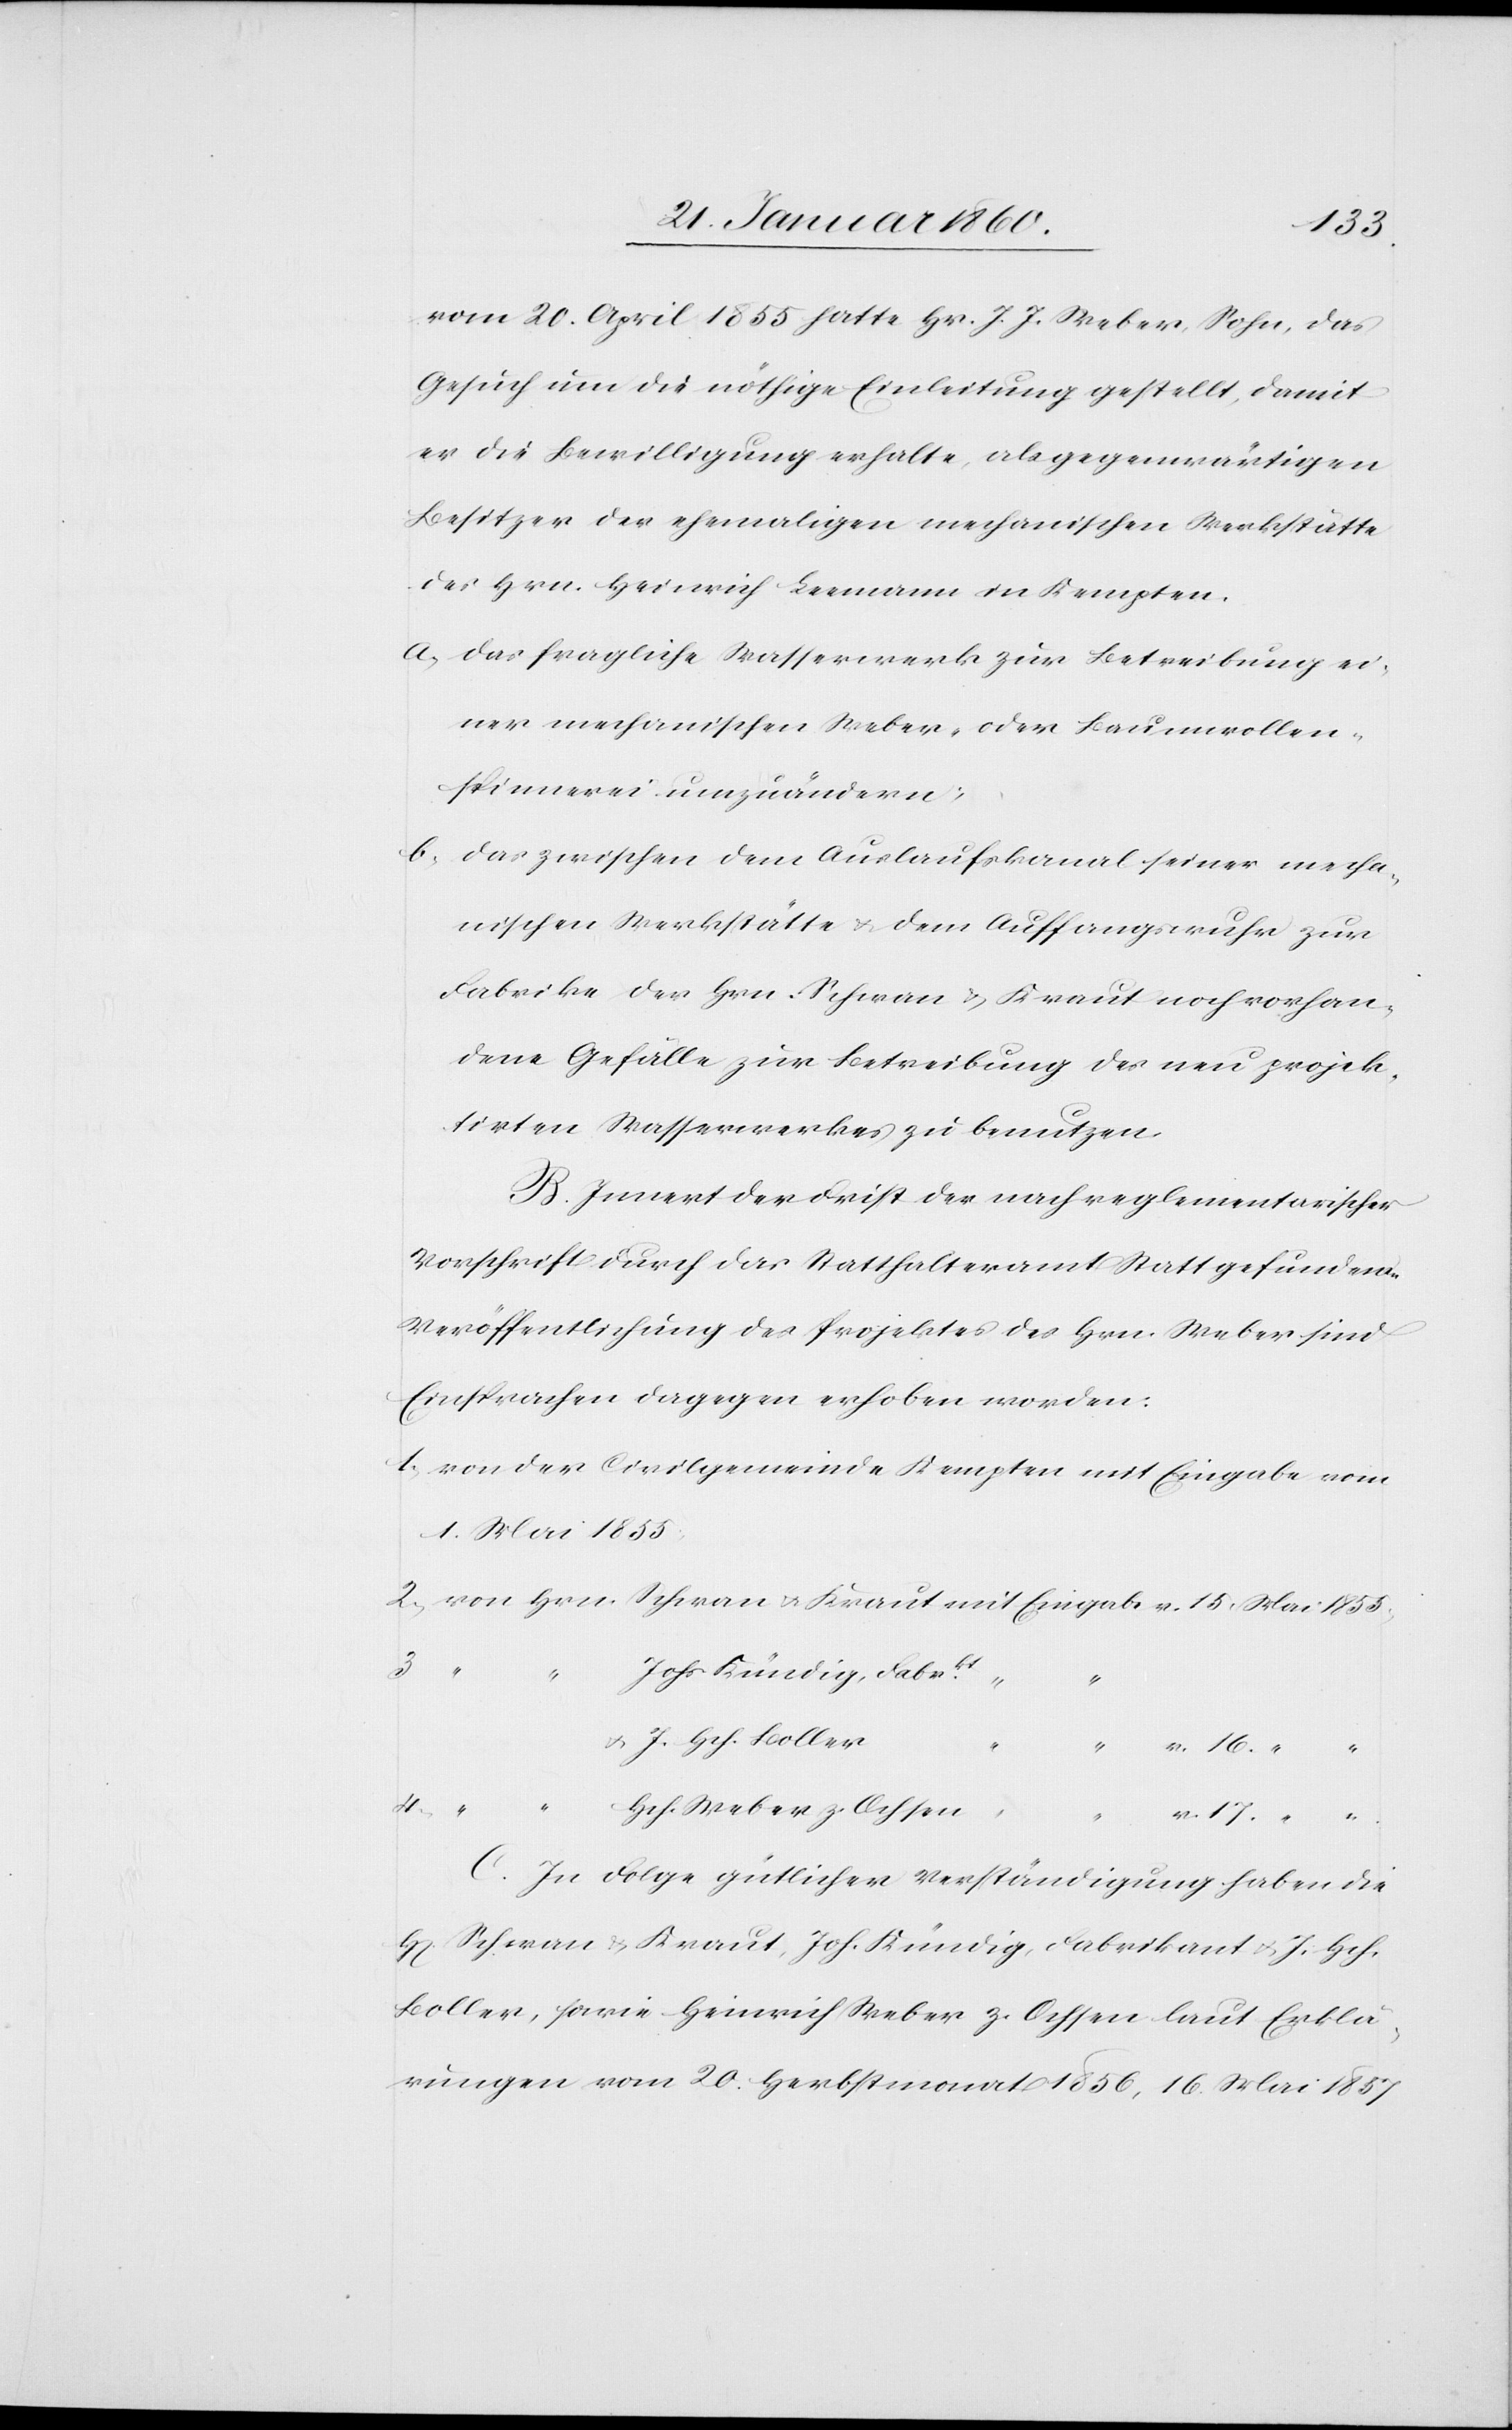
1855.
vom 20. April 1855 hatte Hr. J. J. Weber, Sohn das
Gesuch um die nöthige Einleitung gestellt, damit
er die Bewilligung erhalte, als gegenwärtigen
Besitzer der ehemaligen mechanischen Werkstätte
des Hrn. Heinrich Leemann in Kempten.
a. das fragliche Wasserwerk zur Betreibung ei¬
ner mechanischen Weber- oder Baumwollen¬
spinnerei umzuändern.
b. das zwischen dem Auslaufskanal seiner mecha¬
nischen Werkstätte u. dem Auffangswuhr zur
Fabrik der Hrn. Schwan u. Kraut noch vorhan¬
dene Gefälle zur Betreibung des neu projek¬
tirten Wasserwerkes zu benutzen.
B. Innert der Frist der nach reglementarischer
Vorschrift durch das Statthalteramt Statt gefundener
Veröffentlichung des Projektes des Hrn. Weber sind
Einsprachen dagegen erhoben worden:
1. Von der Civilgemeinde Kempten mit Eingabe vom
1. Mai 1855.
Johs. Kündig, Fabrkt
v. 16.
“
4.
C. In Folge gütlicher Verständigung haben die
H[errn] Schwan u. Kraut, Joh. Kündig , Fabrikant u. J. Hch.
Koller, sowie Heinrich Weber zu. Ochsen laut Erklä¬
rungen vom 20. Herbstmonat 1856, 16. Mai 1857